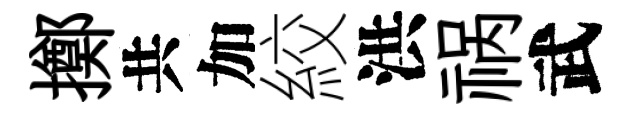
擲共加絞洪祸武